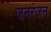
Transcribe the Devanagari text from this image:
जनरंजन